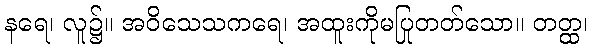
နရေ၊ လူ၌။ အဝိသေသကရေ၊ အထူးကိုမပြုတတ်သော။ တတ္ထ၊